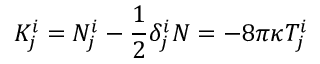
K _ { j } ^ { i } = N _ { j } ^ { i } - { \frac { 1 } { 2 } } \delta _ { j } ^ { i } N = - 8 \pi \kappa T _ { j } ^ { i }